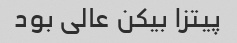
پیتزا بیکن عالی بود